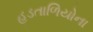
હડતાળિયોના